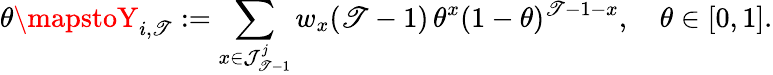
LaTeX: \theta\mapstoY_{i,\mathscr{T}}:=\sum_{x\in\mathcal{{J}}_{\mathscr{T}-1}^{j}}w_{x}(\mathscr{T}-1)\, \theta^{x}(1-\theta)^{\mathscr{T}-1-x},\quad\theta\in[0,1].